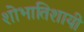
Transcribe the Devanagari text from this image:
शोभातिशायी